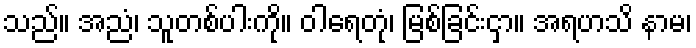
သည်။ အညံ၊ သူတစ်ပါးကို။ ဝါရေတုံ၊ မြစ်ခြင်းငှာ။ အရဟသိ နာမ၊